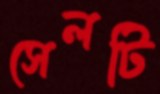
সেলটি